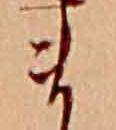
ま